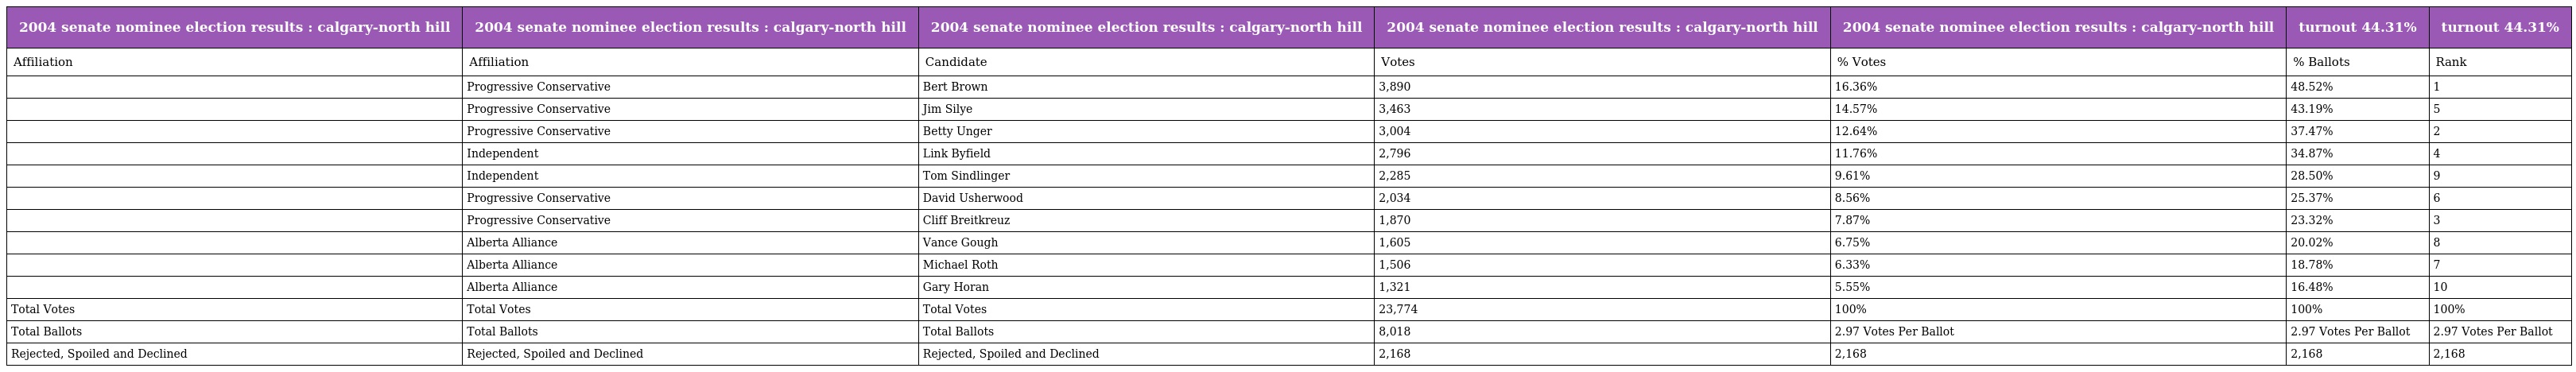
| 2004 senate nominee election results : calgary-north hill | 2004 senate nominee election results : calgary-north hill | 2004 senate nominee election results : calgary-north hill | 2004 senate nominee election results : calgary-north hill | 2004 senate nominee election results : calgary-north hill | turnout 44.31% | turnout 44.31% |
 | --- | --- | --- | --- | --- | --- | --- |
 | Affiliation | Affiliation | Candidate | Votes | % Votes | % Ballots | Rank |
 |  | Progressive Conservative | Bert Brown | 3,890 | 16.36% | 48.52% | 1 |
 |  | Progressive Conservative | Jim Silye | 3,463 | 14.57% | 43.19% | 5 |
 |  | Progressive Conservative | Betty Unger | 3,004 | 12.64% | 37.47% | 2 |
 |  | Independent | Link Byfield | 2,796 | 11.76% | 34.87% | 4 |
 |  | Independent | Tom Sindlinger | 2,285 | 9.61% | 28.50% | 9 |
 |  | Progressive Conservative | David Usherwood | 2,034 | 8.56% | 25.37% | 6 |
 |  | Progressive Conservative | Cliff Breitkreuz | 1,870 | 7.87% | 23.32% | 3 |
 |  | Alberta Alliance | Vance Gough | 1,605 | 6.75% | 20.02% | 8 |
 |  | Alberta Alliance | Michael Roth | 1,506 | 6.33% | 18.78% | 7 |
 |  | Alberta Alliance | Gary Horan | 1,321 | 5.55% | 16.48% | 10 |
 | Total Votes | Total Votes | Total Votes | 23,774 | 100% | 100% | 100% |
 | Total Ballots | Total Ballots | Total Ballots | 8,018 | 2.97 Votes Per Ballot | 2.97 Votes Per Ballot | 2.97 Votes Per Ballot |
 | Rejected, Spoiled and Declined | Rejected, Spoiled and Declined | Rejected, Spoiled and Declined | 2,168 | 2,168 | 2,168 | 2,168 |